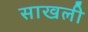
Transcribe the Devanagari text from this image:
साखली